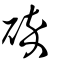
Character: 碎